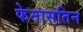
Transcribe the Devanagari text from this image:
फेनासतिन